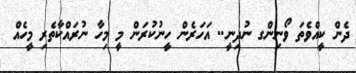
ދެން ކީއްވެތަ ވޯނިންގ ނުދިނީ.. އަހަރެން ހީނުކުރަން މީ މިހާ ނުރައްކާތެރި މީހެއް